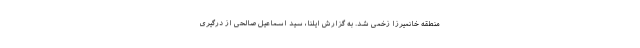
منطقه خانمیرزا زخمی شد. به گزارش ایلنا، سید اسماعیل صالحی از درگیری